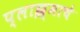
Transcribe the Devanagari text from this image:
प्लाझ्माचे